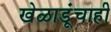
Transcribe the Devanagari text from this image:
खेळाडूंचाही